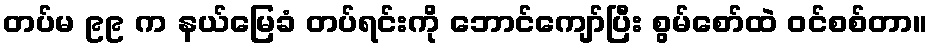
တပ်မ ၉၉ က နယ်မြေခံ တပ်ရင်းကို ဘောင်ကျော်ပြီး စွမ်စော်ထဲ ဝင်စစ်တာ။